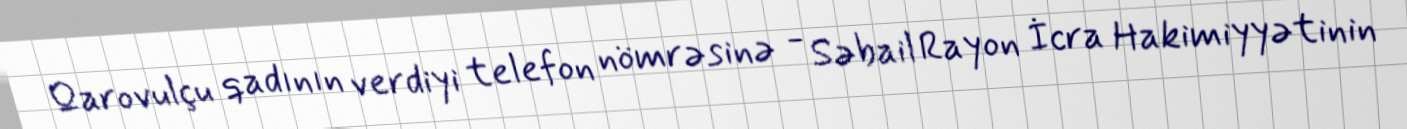
Qarovulçu qadının verdiyi telefon nömrəsinə - Səbail Rayon İcra Hakimiyyətinin